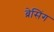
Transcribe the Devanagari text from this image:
ब्रेसिंग